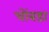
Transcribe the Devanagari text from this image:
चोंबडा